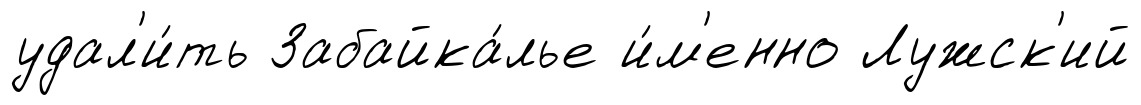
удал'и́ть Забайка́лье и́м'енно Лужск'ий